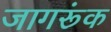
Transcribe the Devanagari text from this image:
जागरूंक